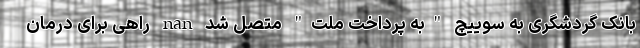
بانک گردشگری به سوییچ "به پرداخت ملت" متصل شد nan راهی برای درمان